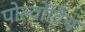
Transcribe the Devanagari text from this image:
पोल्वोविच